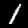
Label: 1